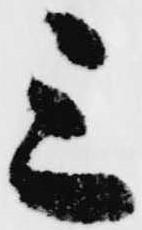
三